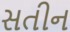
સતીન